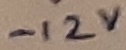
Text: -12V